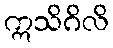
ဣသိဂိလိ